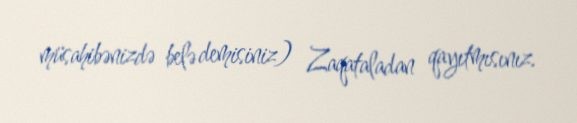
müsahibənizdə belə demisiniz) Zaqataladan qayıtmısınız.